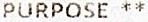
PURPOSE **